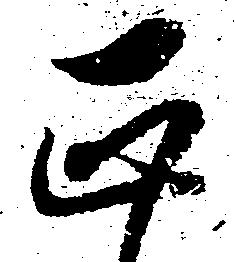
正